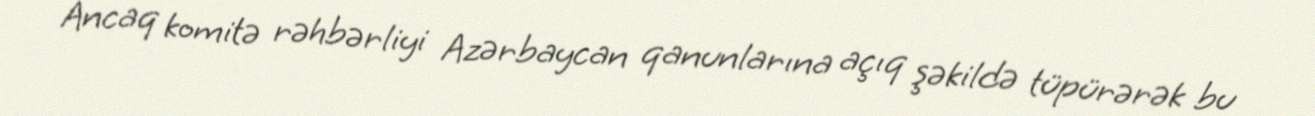
Ancaq komitə rəhbərliyi Azərbaycan qanunlarına açıq şəkildə tüpürərək bu